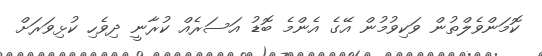
ކޮމަންވެލްތުން ވަކިވުމުން އޭގެ އެންމެ ބޮޑު އަސަރެއް ކުރާނީ ދިވެހި ކުޅިވަރަށް